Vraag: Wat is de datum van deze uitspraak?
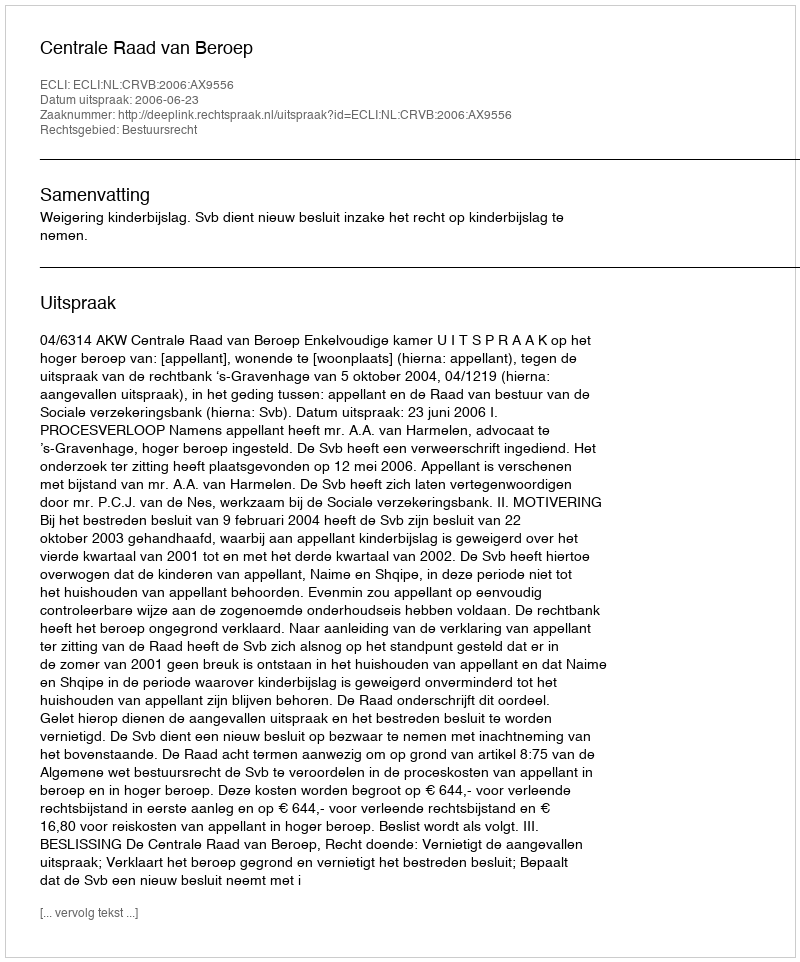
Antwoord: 2006-06-23